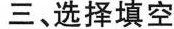
三、选择填空